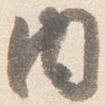
内